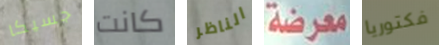
جسيكا كانت الناظر معرضة فكتوريا